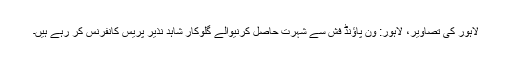
لاہور کی تصاویر، لاہور: ون پاؤنڈ فش سے شہرت حاصل کرنیوالے گلوکار شاہد نذیر پریس کانفرنس کر رہے ہیں۔